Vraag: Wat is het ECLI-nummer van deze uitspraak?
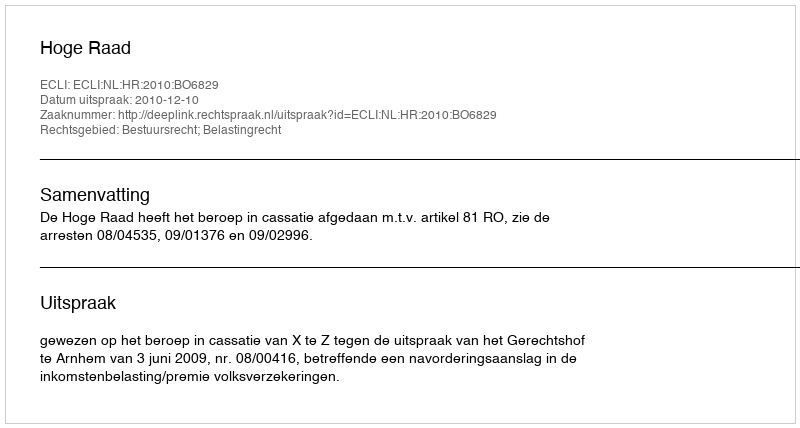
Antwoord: ECLI:NL:HR:2010:BO6829